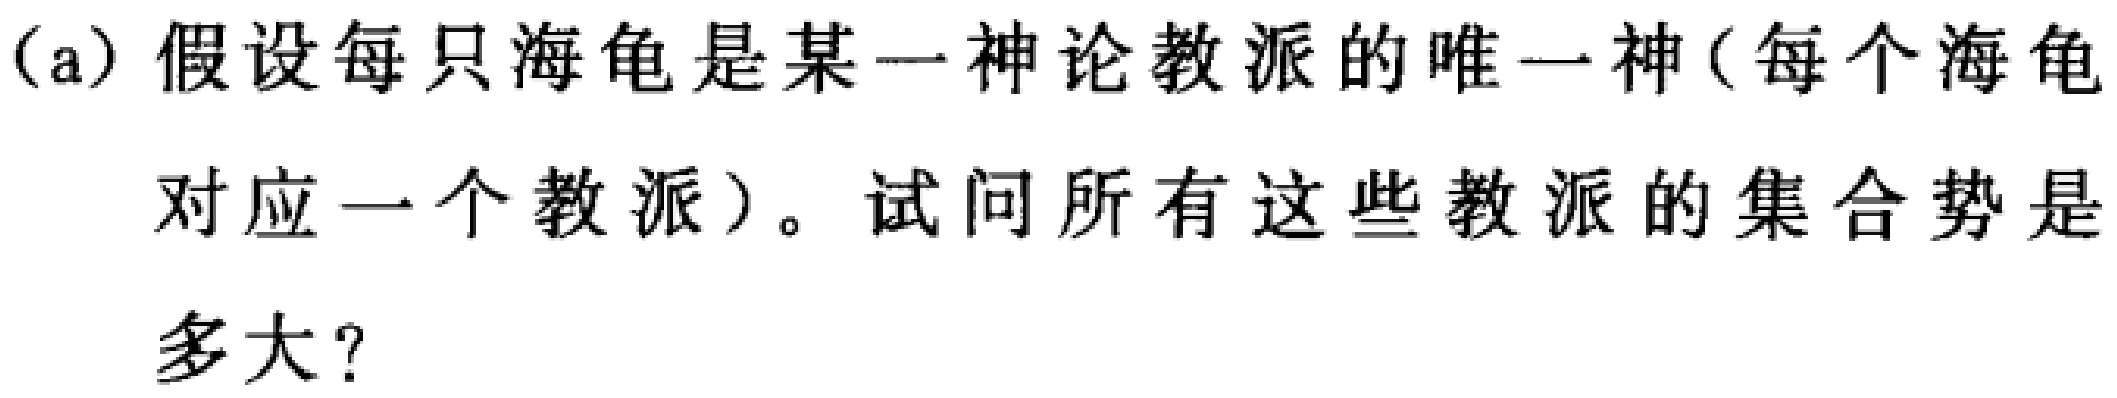
(a) 假设每只海龟是某一神论教派的唯一神(每个海龟对应一个教派)。试问所有这些教派的集合势是多大？